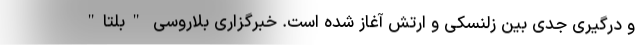
و درگیری جدی بین زلنسکی و ارتش آغاز شده است. خبرگزاری بلاروسی "بلتا"